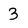
Character: 3